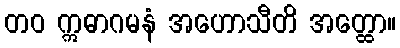
တဝ ဣဓာဂမနံ အဟောသီတိ အတ္ထော။